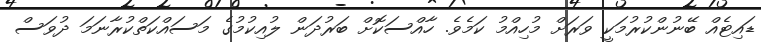
ޑައިޓެއް ބޭނުންކުރުމަކީ ވަރަށް މުހިއްމު ކަމެވެ. ހާއްސަކޮށް ބަރުދަން ލުއިކުމުގެ މަސައްކަތްކުރާނަމަ ދުވަސް